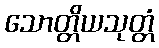
သောတ္တိယသုတ္တံ